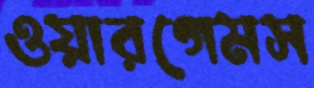
ওয়ারগেমস